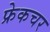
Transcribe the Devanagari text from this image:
फ्रेकचर